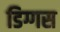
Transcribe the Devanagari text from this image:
डिग्गस